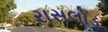
રાસલોડ